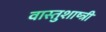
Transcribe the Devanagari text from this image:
वास्तुशाष्त्री